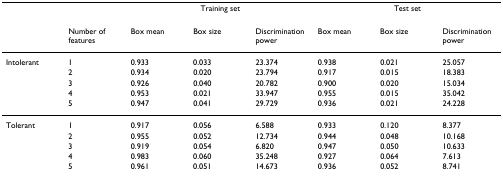
<table><thead><tr><td></td><td></td><td colspan="3"><b>Training set</b></td><td colspan="3"><b>Test set</b></td></tr><tr><td></td><td><b>Number of features</b></td><td><b>Box mean</b></td><td><b>Box size</b></td><td><b>Discrimination power</b></td><td><b>Box mean</b></td><td><b>Box size</b></td><td><b>Discrimination power</b></td></tr></thead><tbody><tr><td>Intolerant</td><td>1</td><td>0.933</td><td>0.033</td><td>23.374</td><td>0.938</td><td>0.021</td><td>25.057</td></tr><tr><td></td><td>2</td><td>0.934</td><td>0.020</td><td>23.794</td><td>0.917</td><td>0.015</td><td>18.383</td></tr><tr><td></td><td>3</td><td>0.926</td><td>0.040</td><td>20.782</td><td>0.900</td><td>0.020</td><td>15.034</td></tr><tr><td></td><td>4</td><td>0.953</td><td>0.021</td><td>33.947</td><td>0.955</td><td>0.015</td><td>35.042</td></tr><tr><td></td><td>5</td><td>0.947</td><td>0.041</td><td>29.729</td><td>0.936</td><td>0.021</td><td>24.228</td></tr><tr><td>Tolerant</td><td>1</td><td>0.917</td><td>0.056</td><td>6.588</td><td>0.933</td><td>0.120</td><td>8.377</td></tr><tr><td></td><td>2</td><td>0.955</td><td>0.052</td><td>12.734</td><td>0.944</td><td>0.048</td><td>10.168</td></tr><tr><td></td><td>3</td><td>0.919</td><td>0.054</td><td>6.820</td><td>0.947</td><td>0.050</td><td>10.633</td></tr><tr><td></td><td>4</td><td>0.983</td><td>0.060</td><td>35.248</td><td>0.927</td><td>0.064</td><td>7.613</td></tr><tr><td></td><td>5</td><td>0.961</td><td>0.051</td><td>14.673</td><td>0.936</td><td>0.052</td><td>8.741</td></tr></tbody></table>